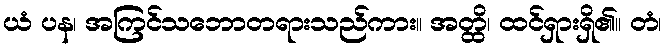
ယံ ပန၊ အကြင်သဘောတရားသည်ကား။ အတ္ထိ၊ ထင်ရှားရှိ၏။ တံ၊